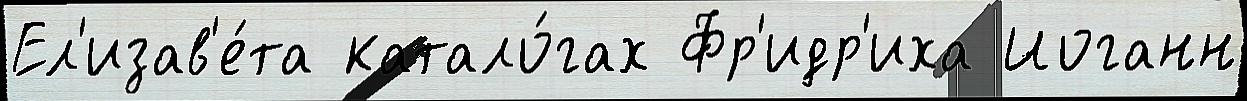
Ел'изав'е́та катало́гах Фр'идр'иха Иоганн